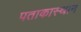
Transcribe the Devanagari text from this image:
पताकास्थान